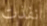
نفذت